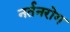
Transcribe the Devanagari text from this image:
नर्तनरोग